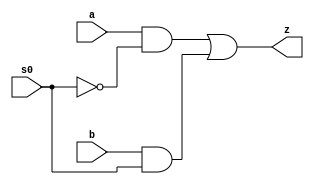
`timescale 1ns / 1ps
module mux2x1(a,b,z,s0);
input a,b,s0;
output z;
wire x,y;
and d1(x,a,~s0);
and d2(y,b,s0);
or d3(z,x,y);


endmodule